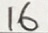
1 6